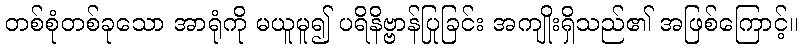
တစ်စုံတစ်ခုသော အာရုံကို မယူမူ၍ ပရိနိဗ္ဗာန်ပြုခြင်း အကျိုးရှိသည်၏ အဖြစ်ကြောင့်။